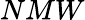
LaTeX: NMW